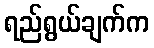
ရည်ရွယ်ချက်က